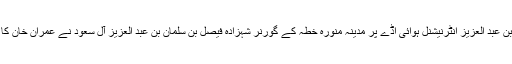
شہزادہ محمد بن عبد العزیز انٹرنیشنل ہوائی اڈے پر مدینہ منورہ خطہ کے گورنر شہزادہ فیصل بن سلمان بن عبد العزیز آل سعود نے عمران خان کا خیر مقدم کیا۔